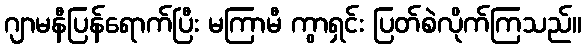
ဂျာမနီပြန်ရောက်ပြီး မကြာမီ ကွာရှင်း ပြတ်စဲလိုက်ကြသည်။